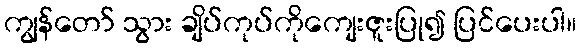
ကျွန်တော် သွား ချိပ်ကုပ်ကိုကျေးဇူးပြု၍ ပြင်ပေးပါ။